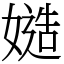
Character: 𡠻